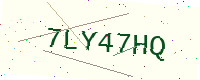
Text: 7LY47HQ